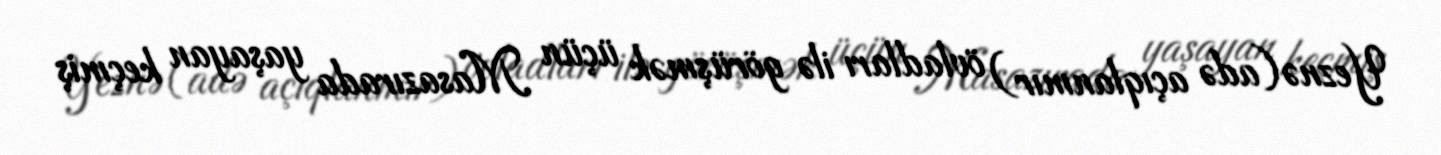
Yeznə (adə açıqlanmır) övladları ilə görüşmək üçün Masazırada yaşayan keçmiş